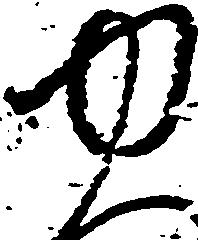
ゆ